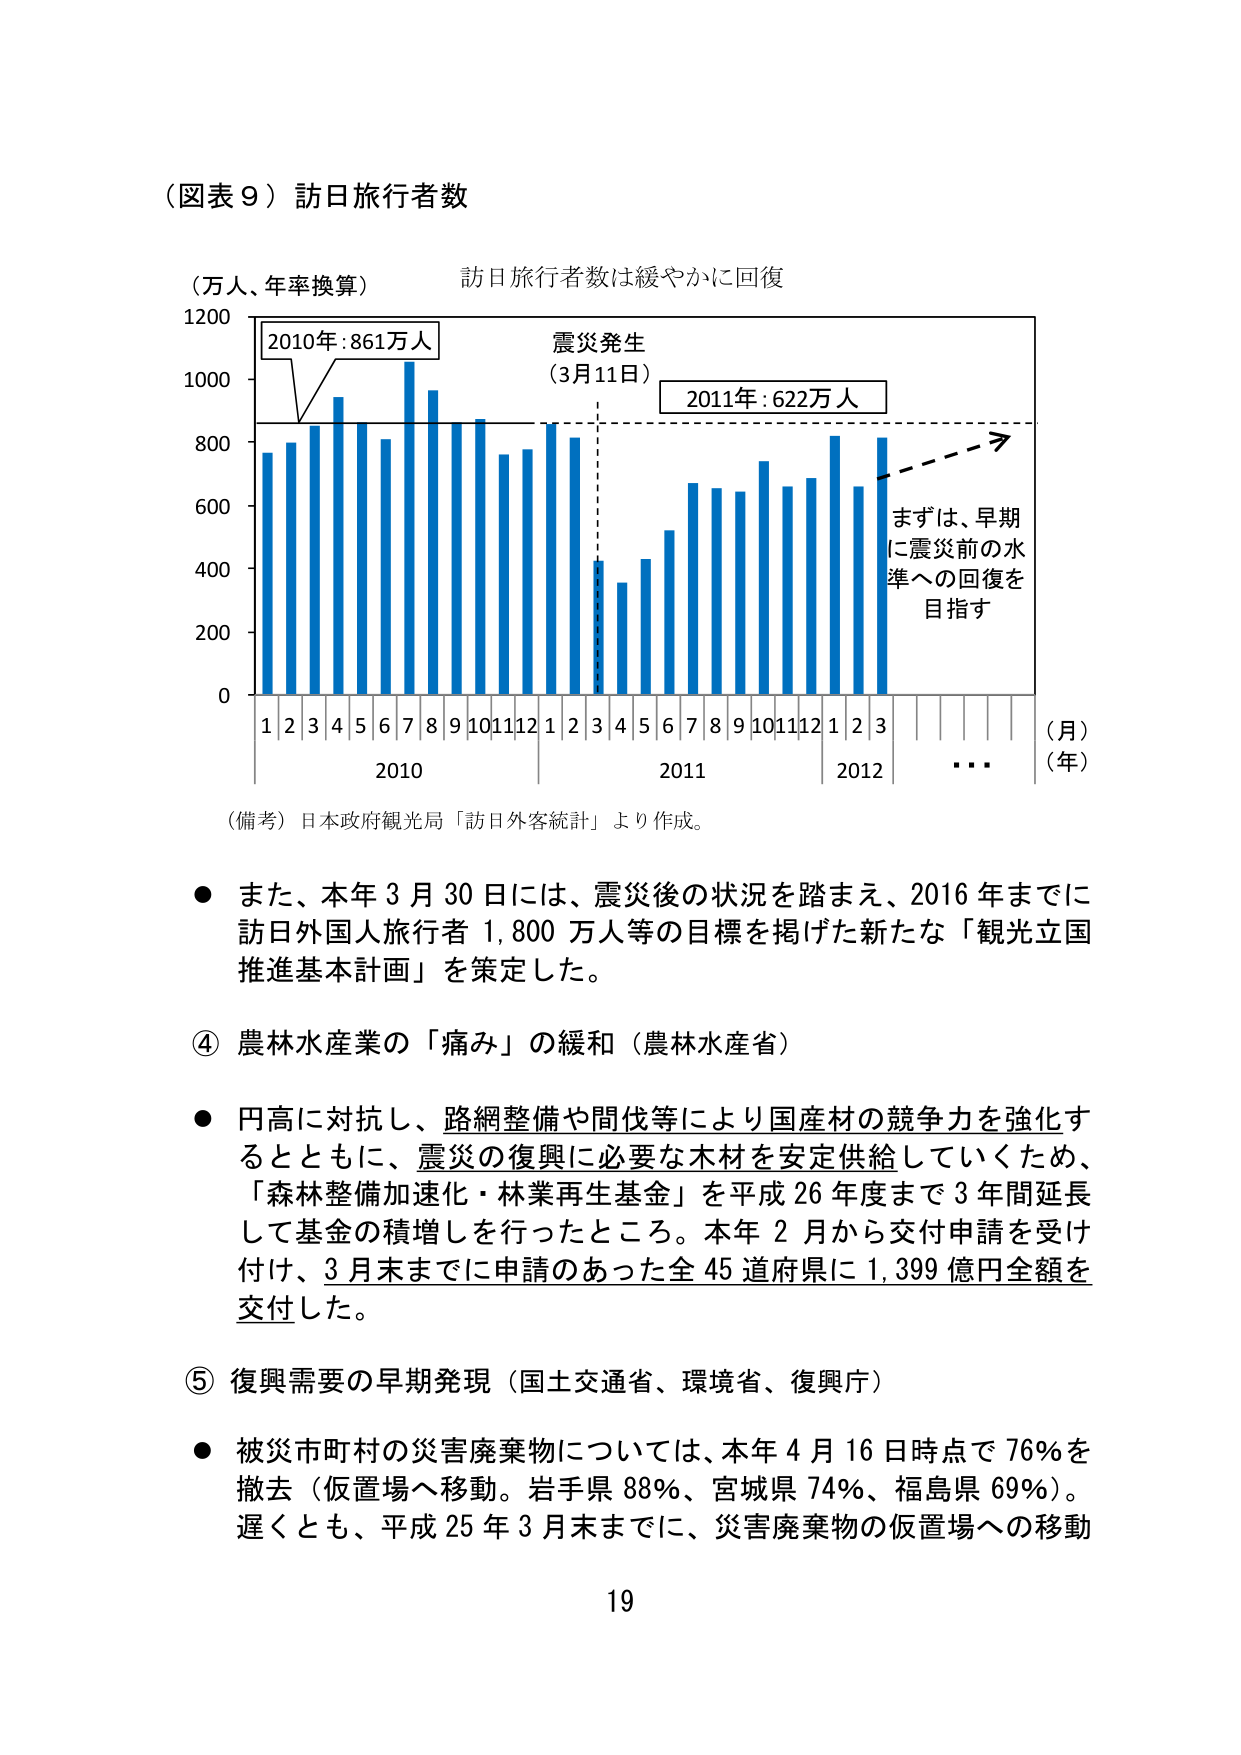
（図表９）訪日旅行者数

（万人、年率換算） 訪日旅行者数は緩やかに回復

1200
1000
800
600
400
200
0

2010年：861万人
震災発生
（3月11日）
2011年：622万人

まずは、早期
に震災前の水
準への回復を
目指す

1 2 3 4 5 6 7 8 9 10 11 12 1 2 3 4 5 6 7 8 9 10 11 12 1 2 3
2010 2011 2012 …
（月）
（年）

（備考）日本政府観光局「訪日外客統計」より作成。

● また、本年３月30日には、震災後の状況を踏まえ、2016年までに
訪日外国人旅行者1,800万人等の目標を掲げた新たな「観光立国
推進基本計画」を策定した。

④ 農林水産業の「痛み」の緩和（農林水産省）

● 円高に対抗し、路網整備や間伐等により国産材の競争力を強化す
るとともに、震災の復興に必要な木材を安定供給していくため、
「森林整備加速化・林業再生基金」を平成26年度まで3年間延長
して基金の積増しを行ったところ。本年2月から交付申請を受け
付け、3月末までに申請のあった全45道府県に1,399億円全額を
交付した。

⑤ 復興需要の早期発現（国土交通省、環境省、復興庁）

● 被災市町村の災害廃棄物については、本年4月16日時点で76％を
撤去（仮置場へ移動。岩手県88％、宮城県74％、福島県69％）。
遅くとも、平成25年3月末までに、災害廃棄物の仮置場への移動

19